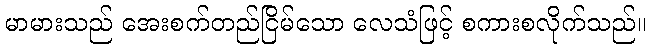
မာမားသည် အေးစက်တည်ငြိမ်သော လေသံဖြင့် စကားစလိုက်သည်။